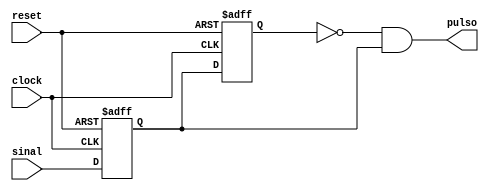
/* ------------------------------------------------------------------------
 *  Arquivo   : edge_detector.v
 *  Projeto   : Experiencia 6 - Projeto Base do 
 *                              Jogo do Desafio da Memria
 * ------------------------------------------------------------------------
 *  Descricao : detector de borda
 *              gera um pulso na saida de 1 periodo de clock
 *              a partir da detecao da borda de subida sa entrada
 * 
 *              sinal de reset ativo em alto
 * 
 *              > codigo adaptado a partir de codigo VHDL disponivel em
 *                https://surf-vhdl.com/how-to-design-a-good-edge-detector/
 * ------------------------------------------------------------------------
 */
 
module edge_detector (
    input  clock,
    input  reset,
    input  sinal,
    output pulso
);

    reg reg0;
    reg reg1;

    always @(posedge clock or posedge reset) begin
        if (reset) begin
            reg0 <= 1'b0;
            reg1 <= 1'b0;
        end else if (clock) begin
            reg0 <= sinal;
            reg1 <= reg0;
        end
    end

    assign pulso = ~reg1 & reg0;

endmodule